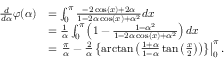
{ \begin{array} { r l } { { \frac { d } { d \alpha } } \varphi ( \alpha ) } & { = \int _ { 0 } ^ { \pi } { \frac { - 2 \cos ( x ) + 2 \alpha } { 1 - 2 \alpha \cos ( x ) + \alpha ^ { 2 } } } d x } \\ & { = { \frac { 1 } { \alpha } } \int _ { 0 } ^ { \pi } \left( 1 - { \frac { 1 - \alpha ^ { 2 } } { 1 - 2 \alpha \cos ( x ) + \alpha ^ { 2 } } } \right) d x } \\ & { = \left. { \frac { \pi } { \alpha } } - { \frac { 2 } { \alpha } } \left\{ \arctan \left( { \frac { 1 + \alpha } { 1 - \alpha } } \tan \left( { \frac { x } { 2 } } \right) \right) \right\} \right| _ { 0 } ^ { \pi } . } \end{array} }